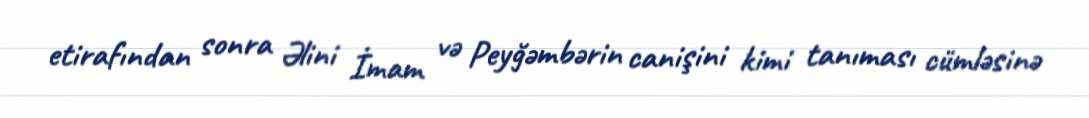
etirafından sonra Əlini İmam və Peyğəmbərin canişini kimi tanıması cümləsinə